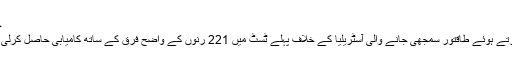
خاص طور پر اسپنر ذوالفقار بابر نے دوسری اننگز میں بہترین بولن
دوبئی 26 اکٹوبر ( سیاست ڈاٹ کام ) پاکستان نے شاندار مظاہرہ کرتے ہوئے طاقتور سمجھی جانے والی آسٹریلیا کے خلاف پہلے ٹسٹ میں 221 رنوں کے واضح فرق کے ساتھ کامیابی حاصل کرلی اور دو ٹسٹ میچس کی سیریز میں وہ 1 – 0 سے آگے ہوگئی ہے ۔